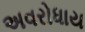
અવરોધાય